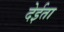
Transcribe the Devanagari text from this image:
देईता